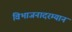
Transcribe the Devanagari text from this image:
विभाजनादरम्यान